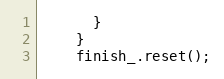
Language: C
      }
    }
    finish_.reset();